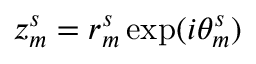
z _ { m } ^ { s } = r _ { m } ^ { s } \exp ( i \theta _ { m } ^ { s } )